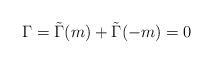
LaTeX: \begin{align*}\Gamma=\tilde\Gamma(m)+\tilde\Gamma(-m)=0\end{align*}